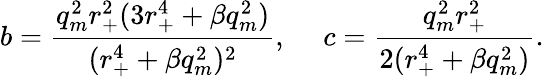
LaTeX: b=\frac{q_{m}^{2}r_{+}^{2}(3r_{+}^{4}+\beta q_{m}^{2})}{(r_{+}^{4}+\beta q_{m}^{2})^{2}},~~~~~c=\frac{q_{m}^{2}r_{+}^{2}}{2(r_{+}^{4}+\beta q_{m}^{2})}.